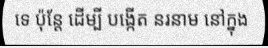
ទេ ប៉ុន្តែ ដើម្បី បង្កើត នរនាម នៅក្នុង